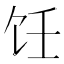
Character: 饪